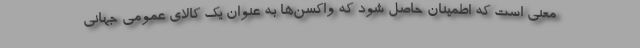
معنی است که اطمینان حاصل شود که واکسن‌ها به عنوان یک کالای عمومی جهانی